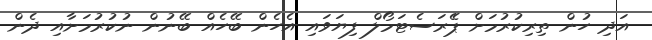
އަދި ހުން ތިރިކުރުމަށް ޕެެރަސެޓަމޯލް ފިޔަވައި އެހެން ބޭހެއް ބޭނުން ނުކުރުމަށާއި ދެން